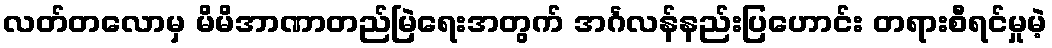
လတ်တလောမှ မိမိအာဏာတည်မြဲရေးအတွက် အင်္ဂလန်နည်းပြဟောင်း တရားစီရင်မှုမဲ့